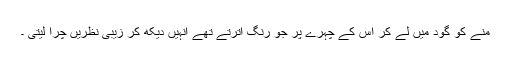
منے کو گود میں لے کر اس کے چہرے پر جو رنگ اترتے تھے انہیں دیکھ کر زیبی نظریں چرا لیتی ۔